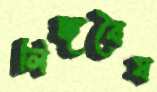
লিঙ্গবৈষ